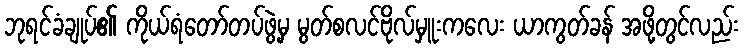
ဘုရင်ခံချုပ်၏ ကိုယ်ရံတော်တပ်ဖွဲ့မှ မွတ်စလင်ဗိုလ်မှူးကလေး ယာကွတ်ခန် အဖို့တွင်လည်း